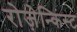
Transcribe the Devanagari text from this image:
रोज़ेन्किस्ट